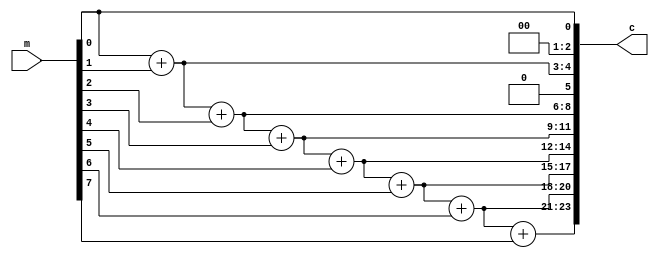
module sumAccumulator
#(parameter MAPPER_PARALLELISM = 8)(
	input [MAPPER_PARALLELISM-1:0] 									m,
	output [(MAPPER_PARALLELISM)*$clog2(MAPPER_PARALLELISM) - 1:0]  c
);

	assign c[$clog2(MAPPER_PARALLELISM)-1:0] = {{($clog2(MAPPER_PARALLELISM)-1){1'b0}}, m[0]};
	genvar gi;
	generate
		for (gi = 1; gi < MAPPER_PARALLELISM; gi = gi + 1) begin : sum_gen_out
			assign c[$clog2(MAPPER_PARALLELISM)*(gi+1) - 1:$clog2(MAPPER_PARALLELISM)*(gi)] = 
					c[$clog2(MAPPER_PARALLELISM)*(gi) - 1:$clog2(MAPPER_PARALLELISM)*(gi-1)] + {2'b00, m[gi]};
		end
	endgenerate
endmodule